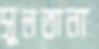
সুলতানা